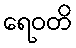
ရေဝတိ